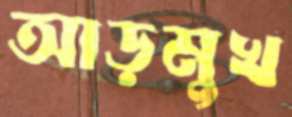
আড়মুখ